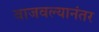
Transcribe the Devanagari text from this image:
वाजवल्यानंतर